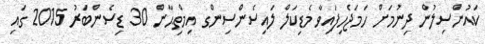
ކައުންސިލުން ދިނުމަށް ހަމަޖެހިފައިވާ މެޑިކަލް ލައިސެންސިންގ އިމްތިޙާން 30 ޑިސެންބަރު 2015 ގައި